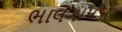
ભાલગામડા